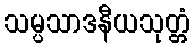
သမ္ပသာဒနီယသုတ္တံ